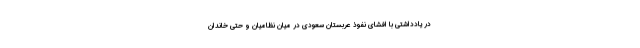
در یادداشتی با افشای نفوذ عربستان سعودی در میان نظامیان و حتی خاندان